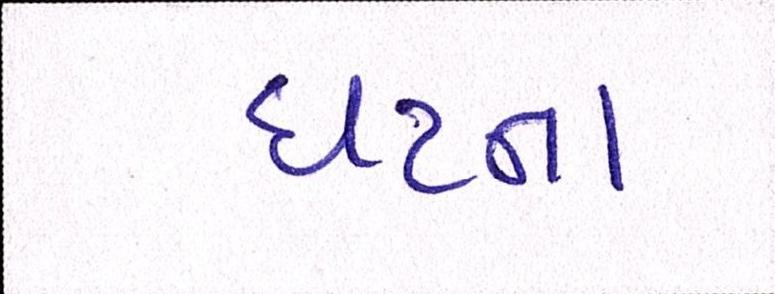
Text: ઘટના